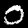
Digit: 0